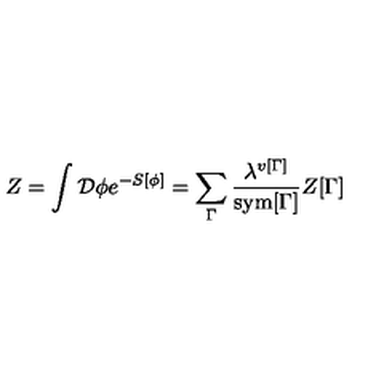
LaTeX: Z = \int { \cal D } \phi e ^ { - S [ \phi ] } = \sum _ { \Gamma } { \frac { \lambda ^ { v [ \Gamma ] } } { \mathrm { s y m } [ \Gamma ] } } Z [ \Gamma ]